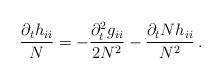
LaTeX: \begin{align*}\dfrac{\partial_t h_{ii}}{N}=-\dfrac{\partial^2_t g_{ii}}{2N^2}-\frac{\partial_t N h_{ii}}{N^2}\,. \end{align*}